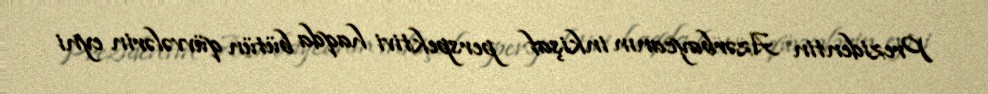
Prezidentin Azərbaycanın inkişaf perspektivi haqda bütün qüvvələrin eyni